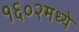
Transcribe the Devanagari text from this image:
१६०२मध्ये